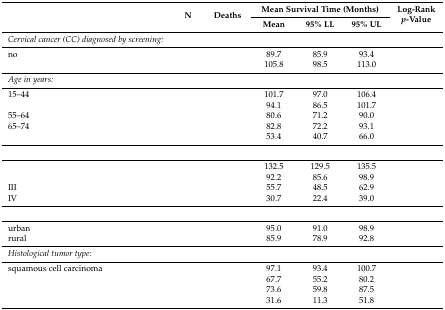
<table><thead><tr><td rowspan="2">[EMPTY_CELL]</td><td rowspan="2"><b>N</b></td><td rowspan="2"><b>Deaths</b></td><td colspan="3"><b>Mean Survival Time (Months)</b></td><td rowspan="2"><b>Log-Rank <i>p</i>-Value</b></td></tr><tr><td><b>Mean</b></td><td><b>95% LL</b></td><td><b>95% UL</b></td></tr></thead><tbody><tr><td><i>Cervical cancer (CC) diagnosed by screening:</i></td><td>[EMPTY_CELL]</td><td>[EMPTY_CELL]</td><td>[EMPTY_CELL]</td><td>[EMPTY_CELL]</td><td>[EMPTY_CELL]</td><td>[EMPTY_CELL]</td></tr><tr><td>no</td><td>[EMPTY_CELL]</td><td>[EMPTY_CELL]</td><td>89.7</td><td>85.9</td><td>93.4</td><td rowspan="2">[EMPTY_CELL]</td></tr><tr><td>[EMPTY_CELL]</td><td>[EMPTY_CELL]</td><td>[EMPTY_CELL]</td><td>105.8</td><td>98.5</td><td>113.0</td></tr><tr><td><i>Age in years:</i></td><td>[EMPTY_CELL]</td><td>[EMPTY_CELL]</td><td>[EMPTY_CELL]</td><td>[EMPTY_CELL]</td><td>[EMPTY_CELL]</td><td>[EMPTY_CELL]</td></tr><tr><td>15–44</td><td>[EMPTY_CELL]</td><td>[EMPTY_CELL]</td><td>101.7</td><td>97.0</td><td>106.4</td><td>[EMPTY_CELL]</td></tr><tr><td>[EMPTY_CELL]</td><td>[EMPTY_CELL]</td><td>[EMPTY_CELL]</td><td>94.1</td><td>86.5</td><td>101.7</td><td>[EMPTY_CELL]</td></tr><tr><td>55–64</td><td>[EMPTY_CELL]</td><td>[EMPTY_CELL]</td><td>80.6</td><td>71.2</td><td>90.0</td><td>[EMPTY_CELL]</td></tr><tr><td>65–74</td><td>[EMPTY_CELL]</td><td>[EMPTY_CELL]</td><td>82.8</td><td>72.2</td><td>93.1</td><td>[EMPTY_CELL]</td></tr><tr><td>[EMPTY_CELL]</td><td>[EMPTY_CELL]</td><td>[EMPTY_CELL]</td><td>53.4</td><td>40.7</td><td>66.0</td><td>[EMPTY_CELL]</td></tr><tr><td>[EMPTY_CELL]</td><td>[EMPTY_CELL]</td><td>[EMPTY_CELL]</td><td>[EMPTY_CELL]</td><td>[EMPTY_CELL]</td><td>[EMPTY_CELL]</td><td>[EMPTY_CELL]</td></tr><tr><td>[EMPTY_CELL]</td><td>[EMPTY_CELL]</td><td>[EMPTY_CELL]</td><td>132.5</td><td>129.5</td><td>135.5</td><td rowspan="4">[EMPTY_CELL]</td></tr><tr><td>[EMPTY_CELL]</td><td>[EMPTY_CELL]</td><td>[EMPTY_CELL]</td><td>92.2</td><td>85.6</td><td>98.9</td></tr><tr><td>III</td><td>[EMPTY_CELL]</td><td>[EMPTY_CELL]</td><td>55.7</td><td>48.5</td><td>62.9</td></tr><tr><td>IV</td><td>[EMPTY_CELL]</td><td>[EMPTY_CELL]</td><td>30.7</td><td>22.4</td><td>39.0</td></tr><tr><td>[EMPTY_CELL]</td><td>[EMPTY_CELL]</td><td>[EMPTY_CELL]</td><td>[EMPTY_CELL]</td><td>[EMPTY_CELL]</td><td>[EMPTY_CELL]</td><td>[EMPTY_CELL]</td></tr><tr><td>urban</td><td>[EMPTY_CELL]</td><td>[EMPTY_CELL]</td><td>95.0</td><td>91.0</td><td>98.9</td><td rowspan="2">[EMPTY_CELL]</td></tr><tr><td>rural</td><td>[EMPTY_CELL]</td><td>[EMPTY_CELL]</td><td>85.9</td><td>78.9</td><td>92.8</td></tr><tr><td><i>Histological tumor type:</i></td><td>[EMPTY_CELL]</td><td>[EMPTY_CELL]</td><td>[EMPTY_CELL]</td><td>[EMPTY_CELL]</td><td>[EMPTY_CELL]</td><td>[EMPTY_CELL]</td></tr><tr><td>squamous cell carcinoma</td><td>[EMPTY_CELL]</td><td>[EMPTY_CELL]</td><td>97.1</td><td>93.4</td><td>100.7</td><td rowspan="4">[EMPTY_CELL]</td></tr><tr><td>[EMPTY_CELL]</td><td>[EMPTY_CELL]</td><td>[EMPTY_CELL]</td><td>67.7</td><td>55.2</td><td>80.2</td></tr><tr><td>[EMPTY_CELL]</td><td>[EMPTY_CELL]</td><td>[EMPTY_CELL]</td><td>73.6</td><td>59.8</td><td>87.5</td></tr><tr><td>[EMPTY_CELL]</td><td>[EMPTY_CELL]</td><td>[EMPTY_CELL]</td><td>31.6</td><td>11.3</td><td>51.8</td></tr></tbody></table>